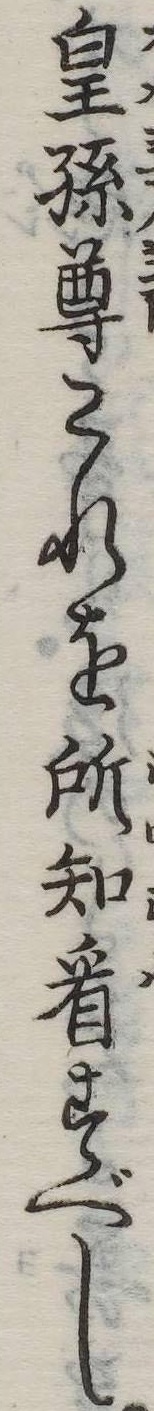
皇孫尊これを所知看すべし